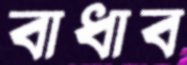
বাধাব